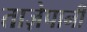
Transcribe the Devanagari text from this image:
ताज़ेपानी